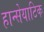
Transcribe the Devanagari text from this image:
हान्सेयाटिक